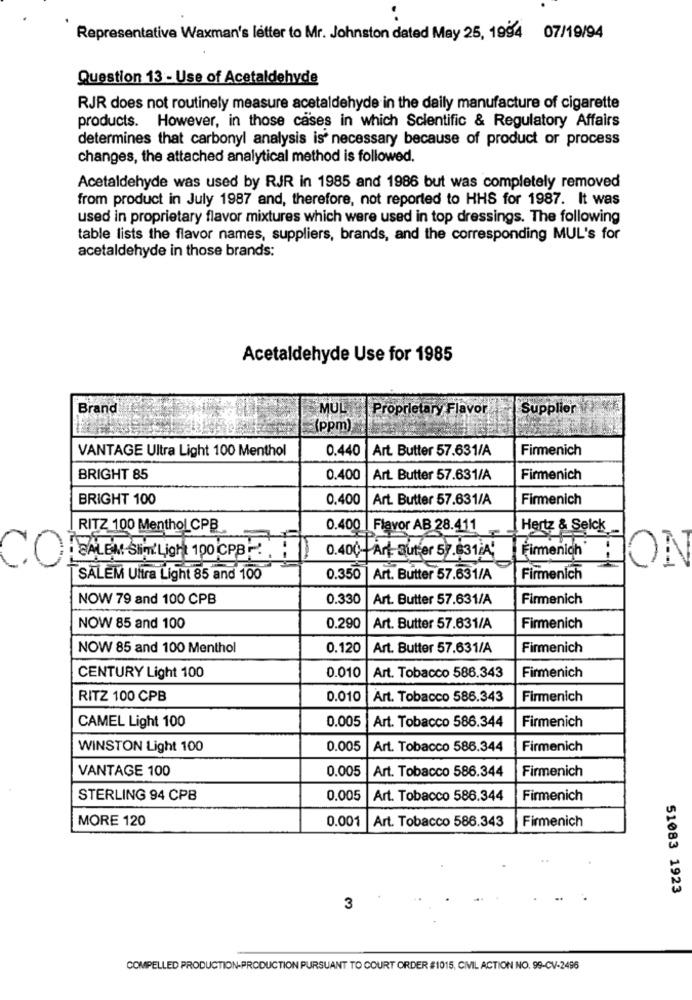
Representative Waxman's letter to Mr. Johnston dated May 25, 1994 07/19/94
Question 13 - Use of Acetaldehyde
RJR does not routinely measure acetaldehyde in the daily manufacture of cigarette
products. However, in those cases in which Scientific & Regulatory Affairs
determines that carbonyl analysis is necessary because of product or process
changes, the attached analytical method is followed.
Acetaldehyde was used by RJR in 1985 and 1986 but was completely removed
from product in July 1987 and, therefore, not reported to HHS for 1987. It was
used in proprietary flavor mixtures which were used in top dressings. The following
table lists the flavor names, suppliers, brands, and the corresponding MUL's for
acetaldehyde in those brands:
Acetaldehyde Use for 1985
Brand
MUL
Proprietary Flavor
Supplier
(ppm)
VANTAGE Ultra Light 100 Menthol
0.440
Art. Butter 57.631/A
Firmenich
BRIGHT 85
0.400
Art. Butter 57.631/A
Firmenich
BRIGHT 100
0.400
Art. Butter 57.631/A
Firmenich
RITZ 100 Menthol CPB
0.400 | Flavor AB 28.411
Hertz & Selck
Firmenich'
CO
SALEM SIRLion 100 CPB !!
0.400-Art Buter 57.531,A
ON
TSALEM Ultra Light 85 and 100
0.350
Art. Butter 57.631/A
Firmenich
NOW 79 and 100 CPB
0.330
Art. Butter 57.631/A
Firmenich
NOW 85 and 100
0.290
Art. Butter 57.631/A
Firmenich
NOW 85 and 100 Menthol
0.120
Art. Butter 57.631/A
Firmenich
0.010
Firmenich
CENTURY Light 100
Art. Tobacco 586.343
RITZ 100 CPB
0.010
Art. Tobacco 586.343
Firmenich
0.005
Art. Tobacco 586.344
Firmenich
CAMEL Light 100
WINSTON Light 100
0.005
Art. Tobacco 586.344
Firmenich
VANTAGE 100
0.005
Firmenich
Art. Tobacco 586.344
STERLING 94 CPB
0,005
Art. Tobacco 586.344
Firmenich
MORE 120
0.001
Art. Tobacco 586.343
Firmenich
51083 1923
3
COMPELLED PRODUCTION-PRODUCTION PURSUANT TO COURT ORDER #1015, CIVIL ACTION NO. 99-CV-2496